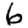
Digit: 6